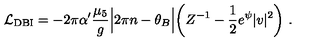
{ \cal L } _ { \mathrm { D B I } } = - 2 \pi \alpha ^ { \prime } \frac { \mu _ { 5 } } { g } \Bigl | 2 \pi n - \theta _ { B } \Bigr | \biggl ( Z ^ { - 1 } - \frac { 1 } { 2 } e ^ { \psi } | v | ^ { 2 } \biggr ) \ .